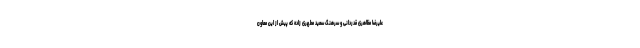
علیرضا مظاهری قدردانی و سرهنگ سعید مطهری زاده که پیش از این معاون